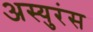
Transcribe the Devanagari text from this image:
अस्युरंस